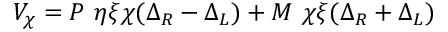
V _ { \chi } = P ~ \eta \xi \chi ( \Delta _ { R } - \Delta _ { L } ) + M ~ \chi \xi ( \Delta _ { R } + \Delta _ { L } )